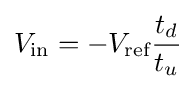
V_{\text{in}}=-V_{\text{ref}}{\frac {t_{d}}{t_{u}}}